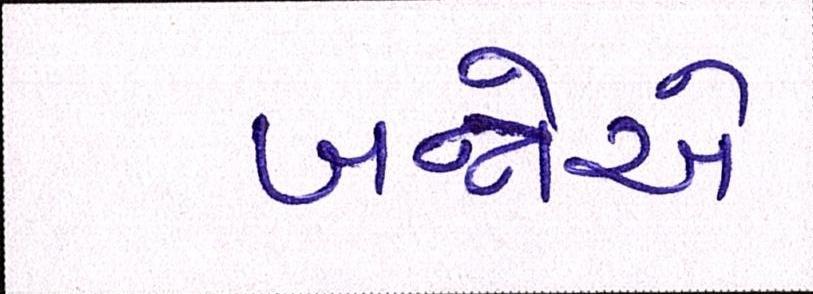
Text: બન્નેએ